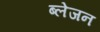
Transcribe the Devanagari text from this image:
ब्लेजन